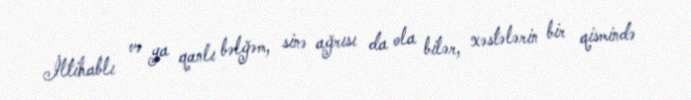
İltihablı və ya qanlı bəlğəm, sinə ağrısı da ola bilər, xəstələrin bir qismində